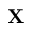
\mathbf { X }